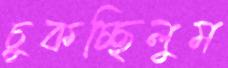
চুকচ্ছিলুম